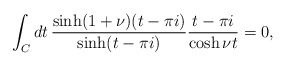
\begin{align*}\int_C dt\,\frac{\sinh(1+\nu)(t-\pi i)}{\sinh(t-\pi i)}\frac{t-\pi i}{\cosh \nu t}=0,\end{align*}